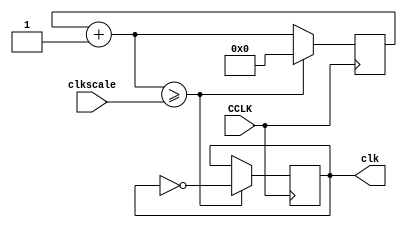
module clock(input CCLK, input [31:0] clkscale, output reg clk);

reg [31:0] clkq = 0;			// clock register, initial value of 0
	
always@(posedge CCLK)
	begin
		clkq=clkq+1;			// increment clock register with every posedge of CCLK
			if (clkq>=clkscale)  	// when clock reg is greater/equal
				begin
					clk=~clk;	// Toggle output clk
					clkq=0;		// reset the clock register
				end
	 end

endmodule